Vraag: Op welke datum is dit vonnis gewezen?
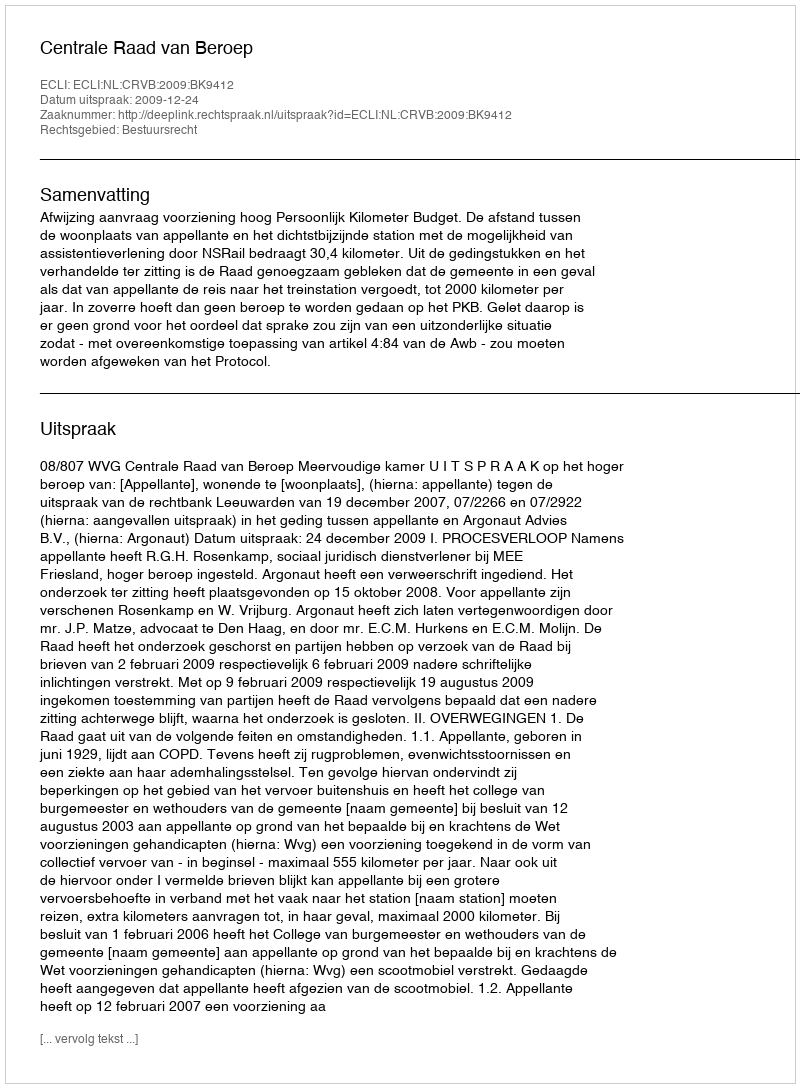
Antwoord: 2009-12-24